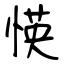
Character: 愥